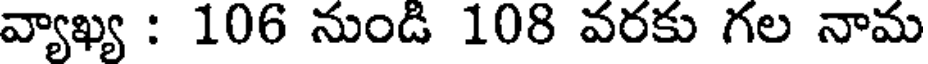
వ్యాఖ్య : 106 నుండి 108 వరకు గల నామ